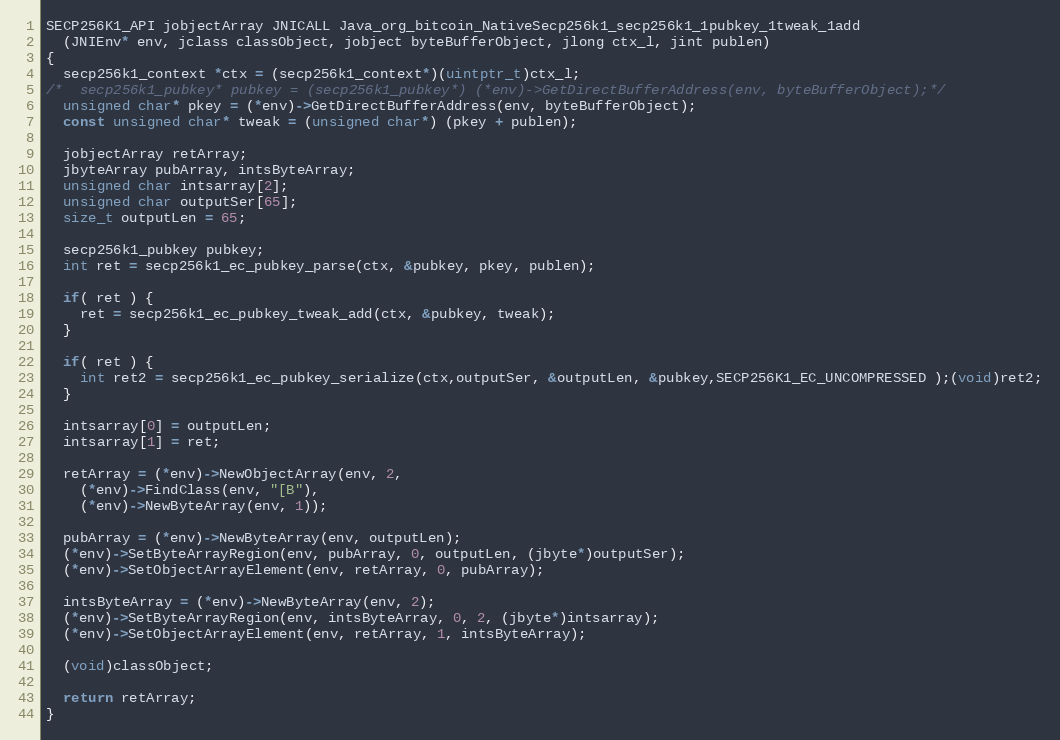
Language: C
SECP256K1_API jobjectArray JNICALL Java_org_bitcoin_NativeSecp256k1_secp256k1_1pubkey_1tweak_1add
  (JNIEnv* env, jclass classObject, jobject byteBufferObject, jlong ctx_l, jint publen)
{
  secp256k1_context *ctx = (secp256k1_context*)(uintptr_t)ctx_l;
/*  secp256k1_pubkey* pubkey = (secp256k1_pubkey*) (*env)->GetDirectBufferAddress(env, byteBufferObject);*/
  unsigned char* pkey = (*env)->GetDirectBufferAddress(env, byteBufferObject);
  const unsigned char* tweak = (unsigned char*) (pkey + publen);

  jobjectArray retArray;
  jbyteArray pubArray, intsByteArray;
  unsigned char intsarray[2];
  unsigned char outputSer[65];
  size_t outputLen = 65;

  secp256k1_pubkey pubkey;
  int ret = secp256k1_ec_pubkey_parse(ctx, &pubkey, pkey, publen);

  if( ret ) {
    ret = secp256k1_ec_pubkey_tweak_add(ctx, &pubkey, tweak);
  }

  if( ret ) {
    int ret2 = secp256k1_ec_pubkey_serialize(ctx,outputSer, &outputLen, &pubkey,SECP256K1_EC_UNCOMPRESSED );(void)ret2;
  }

  intsarray[0] = outputLen;
  intsarray[1] = ret;

  retArray = (*env)->NewObjectArray(env, 2,
    (*env)->FindClass(env, "[B"),
    (*env)->NewByteArray(env, 1));

  pubArray = (*env)->NewByteArray(env, outputLen);
  (*env)->SetByteArrayRegion(env, pubArray, 0, outputLen, (jbyte*)outputSer);
  (*env)->SetObjectArrayElement(env, retArray, 0, pubArray);

  intsByteArray = (*env)->NewByteArray(env, 2);
  (*env)->SetByteArrayRegion(env, intsByteArray, 0, 2, (jbyte*)intsarray);
  (*env)->SetObjectArrayElement(env, retArray, 1, intsByteArray);

  (void)classObject;

  return retArray;
}